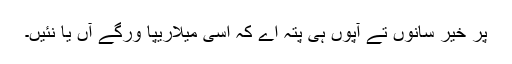
پر خیر سانوں تے آپوں ہی پتہ اے کہ اسی میلاریپا ورگے آں یا نئیں۔